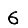
Digit: 6